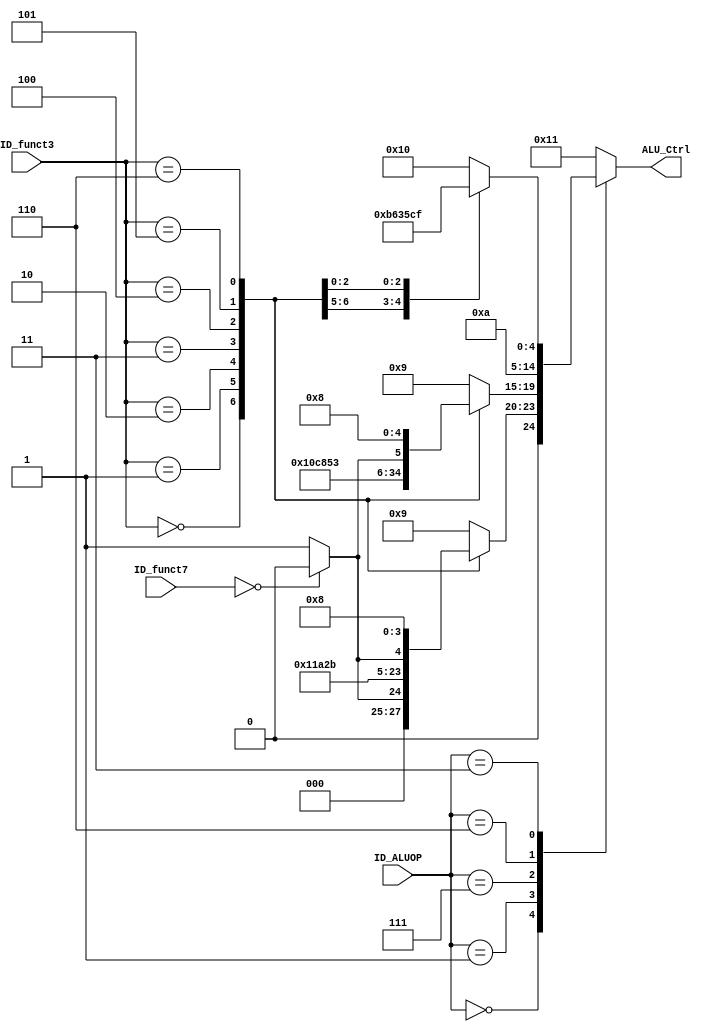
module ALU_Contol (ID_ALUOP,ID_funct3,ID_funct7,ALU_Ctrl);
input [2:0] ID_ALUOP,ID_funct3;
input [6:0] ID_funct7;
output reg [4:0] ALU_Ctrl;
parameter R_type=3'd0,I_type=3'd1,S_type=3'd2,B_type=3'd3,LUI_type=3'd4,J_type=3'd5,JALR_type=3'd6,ADD_type=3'd7;
parameter ADD=5'd0,SUB=5'd1,SLL=5'd2,SLT=5'd3,SLTU=5'd4,XOR=5'd5,SRL=5'd6,SRA=5'd7,OR=5'd8,AND=5'd9,JALR=5'd10,
BEQ=5'd11,BNE=5'd12,BLT=5'd13,BGE=5'd14,BLTU=5'd15,BGEU=5'd16,IMM=5'd17;
always @ (*) begin
	case (ID_ALUOP)
		R_type:begin
			case (ID_funct3)
				3'b000:begin
					if(ID_funct7==7'd0) begin
						ALU_Ctrl=ADD;
					end
					else begin
						ALU_Ctrl=SUB;
					end
				end
				3'b001:begin
					ALU_Ctrl=SLL;
				end
				3'b010:begin
					ALU_Ctrl=SLT;
				end
				3'b011:begin
					ALU_Ctrl=SLTU;
				end
				3'b100:begin
					ALU_Ctrl=XOR;
				end
				3'b101:begin
					if(ID_funct7==7'd0) begin
						ALU_Ctrl=SRL;
					end
					else begin
						ALU_Ctrl=SRA;
					end
				end
				3'b110:begin
					ALU_Ctrl=OR;
				end
				default:begin
					ALU_Ctrl=AND;
				end
			endcase	
		end
		I_type:begin
			case (ID_funct3)
				3'b000:begin
					ALU_Ctrl=ADD;
				end
				3'b001:begin
					ALU_Ctrl=SLL;
				end
				3'b010:begin
					ALU_Ctrl=SLT;
				end
				3'b011:begin
					ALU_Ctrl=SLTU;
				end
				3'b100:begin
					ALU_Ctrl=XOR;
				end
				3'b101:begin
					if(ID_funct7==7'd0) begin
						ALU_Ctrl=SRL;
					end
					else begin
						ALU_Ctrl=SRA;
					end
				end
				3'b110:begin
					ALU_Ctrl=OR;
				end
				default:begin
					ALU_Ctrl=AND;
				end
			endcase				
		end
		ADD_type:begin
			ALU_Ctrl=ADD;
		end
		JALR_type:begin
			ALU_Ctrl=JALR;
		end
		B_type:begin
			case(ID_funct3)
				3'b000:ALU_Ctrl=BEQ;
				3'b001:ALU_Ctrl=BNE;
				3'b100:ALU_Ctrl=BLT;
				3'b101:ALU_Ctrl=BGE;
				3'b110:ALU_Ctrl=BLTU;
				default:ALU_Ctrl=BGEU;
			endcase
		end
		default:begin
			ALU_Ctrl=IMM;//LUI
			end
	endcase	
end
endmodule